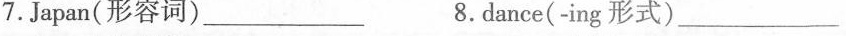
7.Japan(形容词)___8.dance(-ing 形式)___